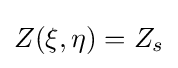
Z(\xi ,\eta )=Z_{s}